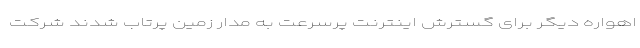
اهواره دیگر برای گسترش اینترنت پرسرعت به مدار زمین پرتاب شدند شرکت